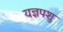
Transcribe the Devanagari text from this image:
यज्ञपशु